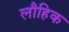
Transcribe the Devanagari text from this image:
लौहिक